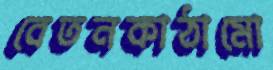
বেতনকাঠামো